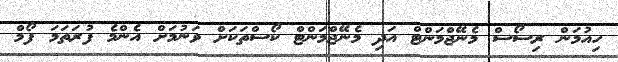
ހިއުމަން ރިސޯސް މެނޭޖްމަންޓް އަދި މެނޭޖްމަންޓް ކޯސްތަކަށް ވަނުމަށް އެންމެ ފުރަތަމަ ފޯމް